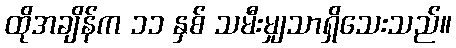
ထိုအချိန်က ၁၁ နှစ် သမီးမျှသာရှိသေးသည်။